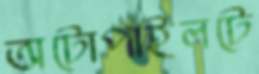
অটোপাইলটে